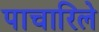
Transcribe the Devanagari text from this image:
पाचारिले